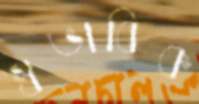
স্বভাবিক